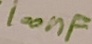
Text: 100nF